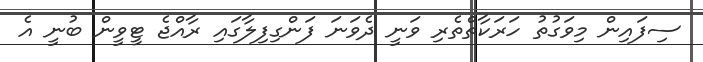
ސިފައިން މިވަގުތު ހަރަކާތްތެރި ވަނީ ދެވަނަ ފަންގިފިލާގައި ރާއްޖެ ޓީވީން ބުނީ އެ